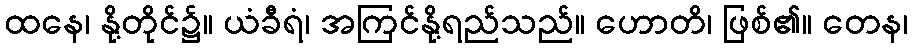
ထနေ၊ နို့တိုင်၌။ ယံခီရံ၊ အကြင်နို့ရည်သည်။ ဟောတိ၊ ဖြစ်၏။ တေန၊